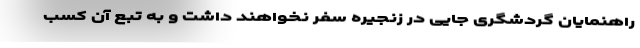
راهنمایان گردشگری جایی در زنجیره سفر نخواهند داشت و به تبع آن کسب